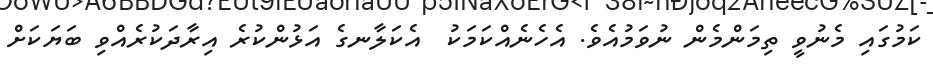
ކަމުގައި މެނުވީ ތިމަންމެން ނުވަމުއެވެ. އެހެނެއްކަމަކު  އެކަލާނގެ އަޅުންކުރެ އިރާދަކުރެއްވި ބަޔަކަށް